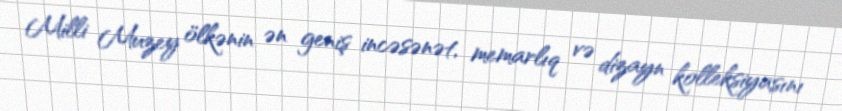
Milli Muzey ölkənin ən geniş incəsənət, memarlıq və dizayn kolleksiyasını